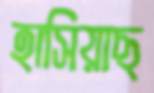
হাসিয়াছ